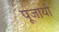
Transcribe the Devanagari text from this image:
पूजायो